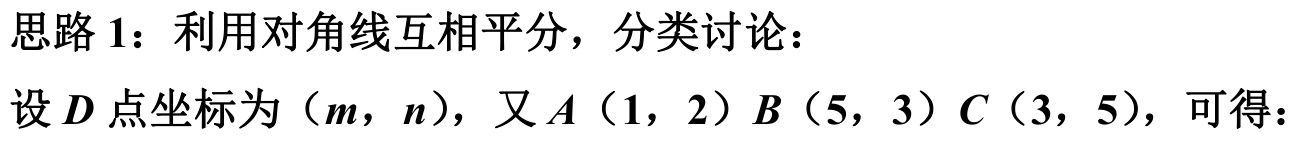
思路1：利用对角线互相平分，分类讨论：
设\(D\)点坐标为\((m,n)\)，又\(A(1,2)\) \(B(5,3)\) \(C(3,5)\)，可得：